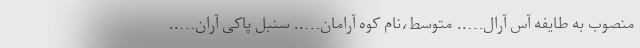
منصوب به طایفه آس آرال….. متوسط،نام کوه آرامان….. سنبل پاکی آران…..